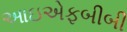
આઇએફબીબી